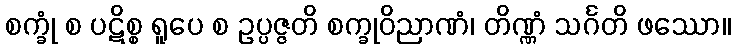
စက္ခုံ စ ပဋိစ္စ ရူပေ စ ဥပ္ပဇ္ဇတိ စက္ခုဝိညာဏံ၊ တိဏ္ဏံ သင်္ဂတိ ဖဿော။